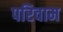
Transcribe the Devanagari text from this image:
परिवाम